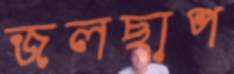
জলছাপ